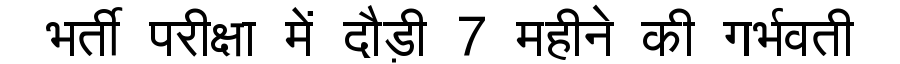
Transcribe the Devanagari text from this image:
भर्ती परीक्षा में दौड़ी 7 महीने की गर्भवती